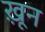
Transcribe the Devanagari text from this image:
ख़़ून